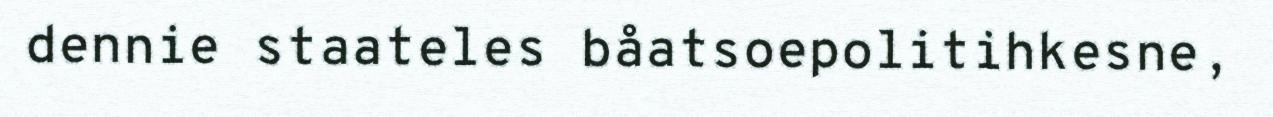
dennie staateles båatsoepolitihkesne,